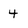
Character: 4